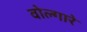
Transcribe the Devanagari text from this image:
वोल्गारे